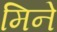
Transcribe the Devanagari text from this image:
मिने